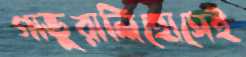
গাভুরালিহোসেই